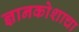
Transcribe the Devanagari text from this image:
ज्ञानकोशाचा